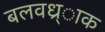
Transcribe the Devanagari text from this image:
बलवध्र्ाक